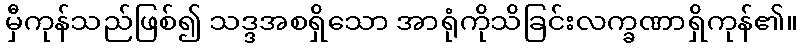
မှီကုန်သည်ဖြစ်၍ သဒ္ဒအစရှိသော အာရုံကိုသိခြင်းလက္ခဏာရှိကုန်၏။